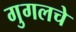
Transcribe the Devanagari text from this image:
गुगलचे